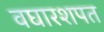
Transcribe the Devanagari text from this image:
वघारशपत